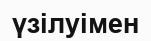
үзілуімен